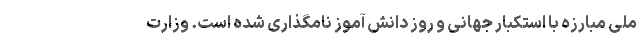
ملی مبارزه با استکبار جهانی و روز دانش آموز نامگذاری شده است. وزارت